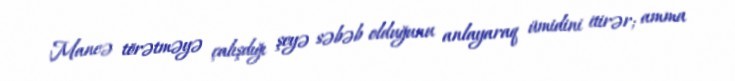
Maneə törətməyə çalışdığı şeyə səbəb olduğunu anlayaraq ümidini itirər; amma